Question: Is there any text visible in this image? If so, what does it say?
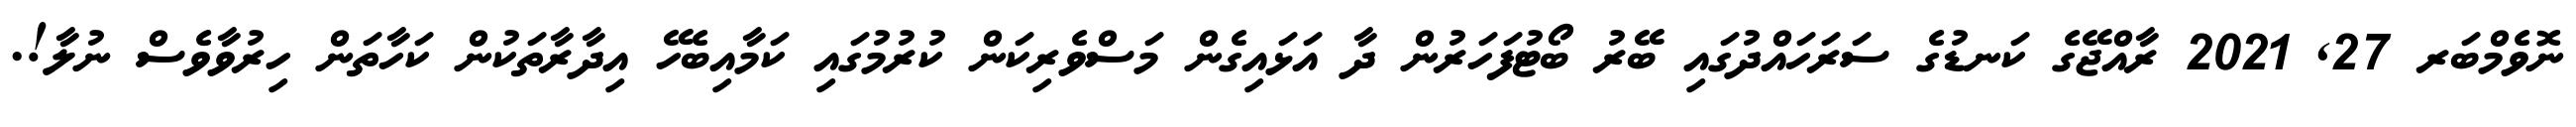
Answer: ނޮވެމްބަރ 27, 2021 ރާއްޖޭގެ ކަނޑުގެ ސަރަހައްދުގައި ބޭރު ބޯޓުފަހަރުން ދާ އަޅައިގެން މަސްވެރިކަން ކުރުމުގައި ކަމާއިބެހޭ އިދާރާތަކުން ކަހާތަން ހިރުވާވެސް ނުލާ!.